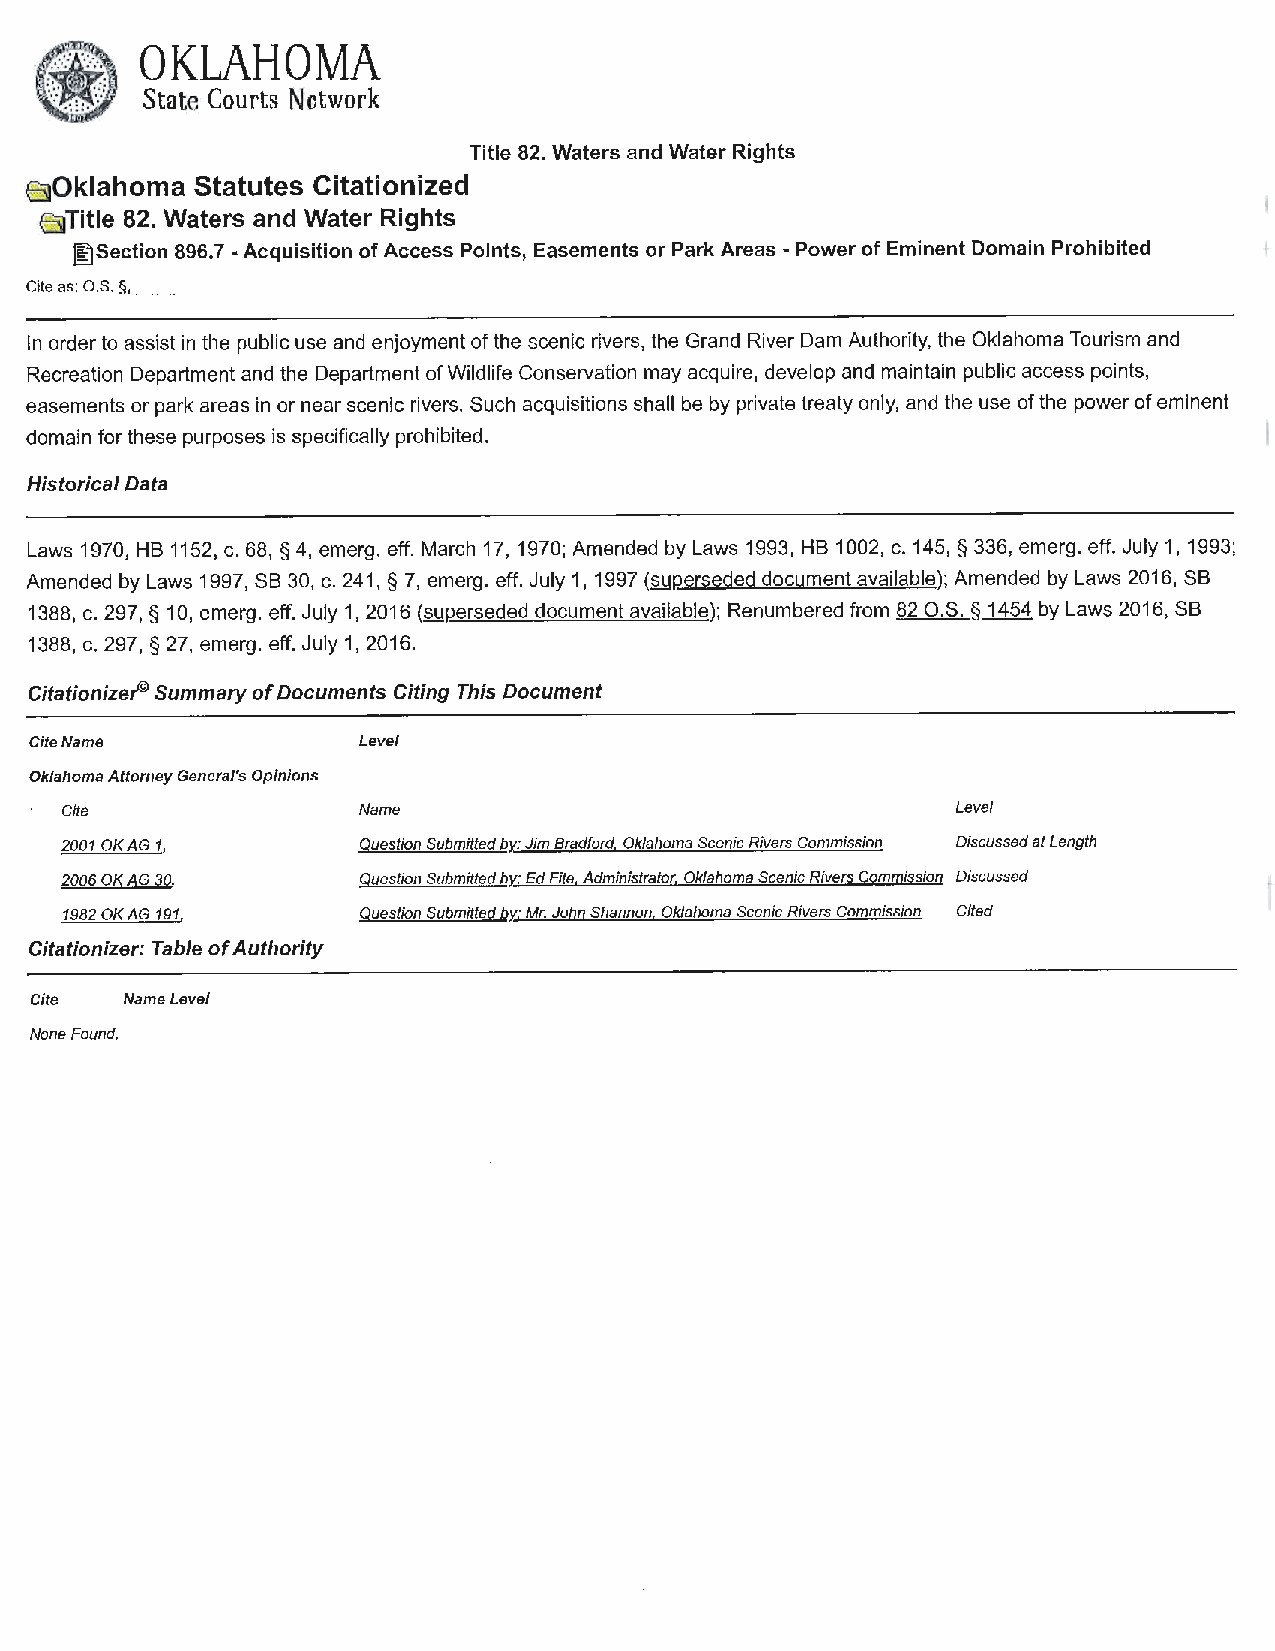
A,
 0 KLAH    OMA
 (}z(ji'
 State Courts Network
 Title 82. Waters and Water Rights
 :€ 5)Oklahoma Statutes Citationized
 E5]Title 82. Waters and Water Rights
 [filSection 896.7 -Acquisition of Access Points, Easements or Park Areas -Power of Eminent Domain Prohibited
 Cite as: O.S. §, __
 In order to assist in the public use and enjoyment of the scenic rivers, the Grand River Dam Authority, the Oklahoma Tourism and
 Recreation Department and the Department of Wildlife Conservation may acquire, develop and maintain public access points,
 easements or park areas in or near scenic rivers. Such acquisitions shall be by private treaty only, and the use of the power of eminent
 domain for these purposes is specifically prohibited.
 Historical Data
 Laws 1970, HB 1152, c. 68, § 4, emerg. eff. March 17, 1970; Amended by Laws 1993, HB 1002, c. 145, § 336, emerg. eff. July 1, 1993;
 Amended by Laws 1997, SB 30, c. 241, § 7, emerg. eff. July 1, 1997 (SURerseded document available); Amended by Laws 2016, SB
 1388, c. 297, § 10, emerg. eff. July 1, 2016 (suRerseded document available); Renumbered from 82 O.S. § 1454 by Laws 2016, SB
 1388, c. 297, § 27, emerg. eff. July 1, 2016.
 Citationize/9 Summary of Documents Citing This Document
 Cite Name             Level
 Oklahoma Attorney General's Opinions
 Cite                Name                                   Level
 2001 OK AG 1,       Question Submitted bY.,: Jim Bradford. Oklahoma Scenic Rivers Commission Discussed at Length
 2006 OK AG 30.      Question Submitted bY.,: Ed Fite, Administrator. Oklahoma Scenic Rivers Commission Discussed
 1982 OK AG 191.     Question Submitted bY.,: Mr. John Shannon. Oklahoma Scenic Rivers Commission Cited
 Citationizer: Table of Authority
 Cite  Name Level
 None Found.